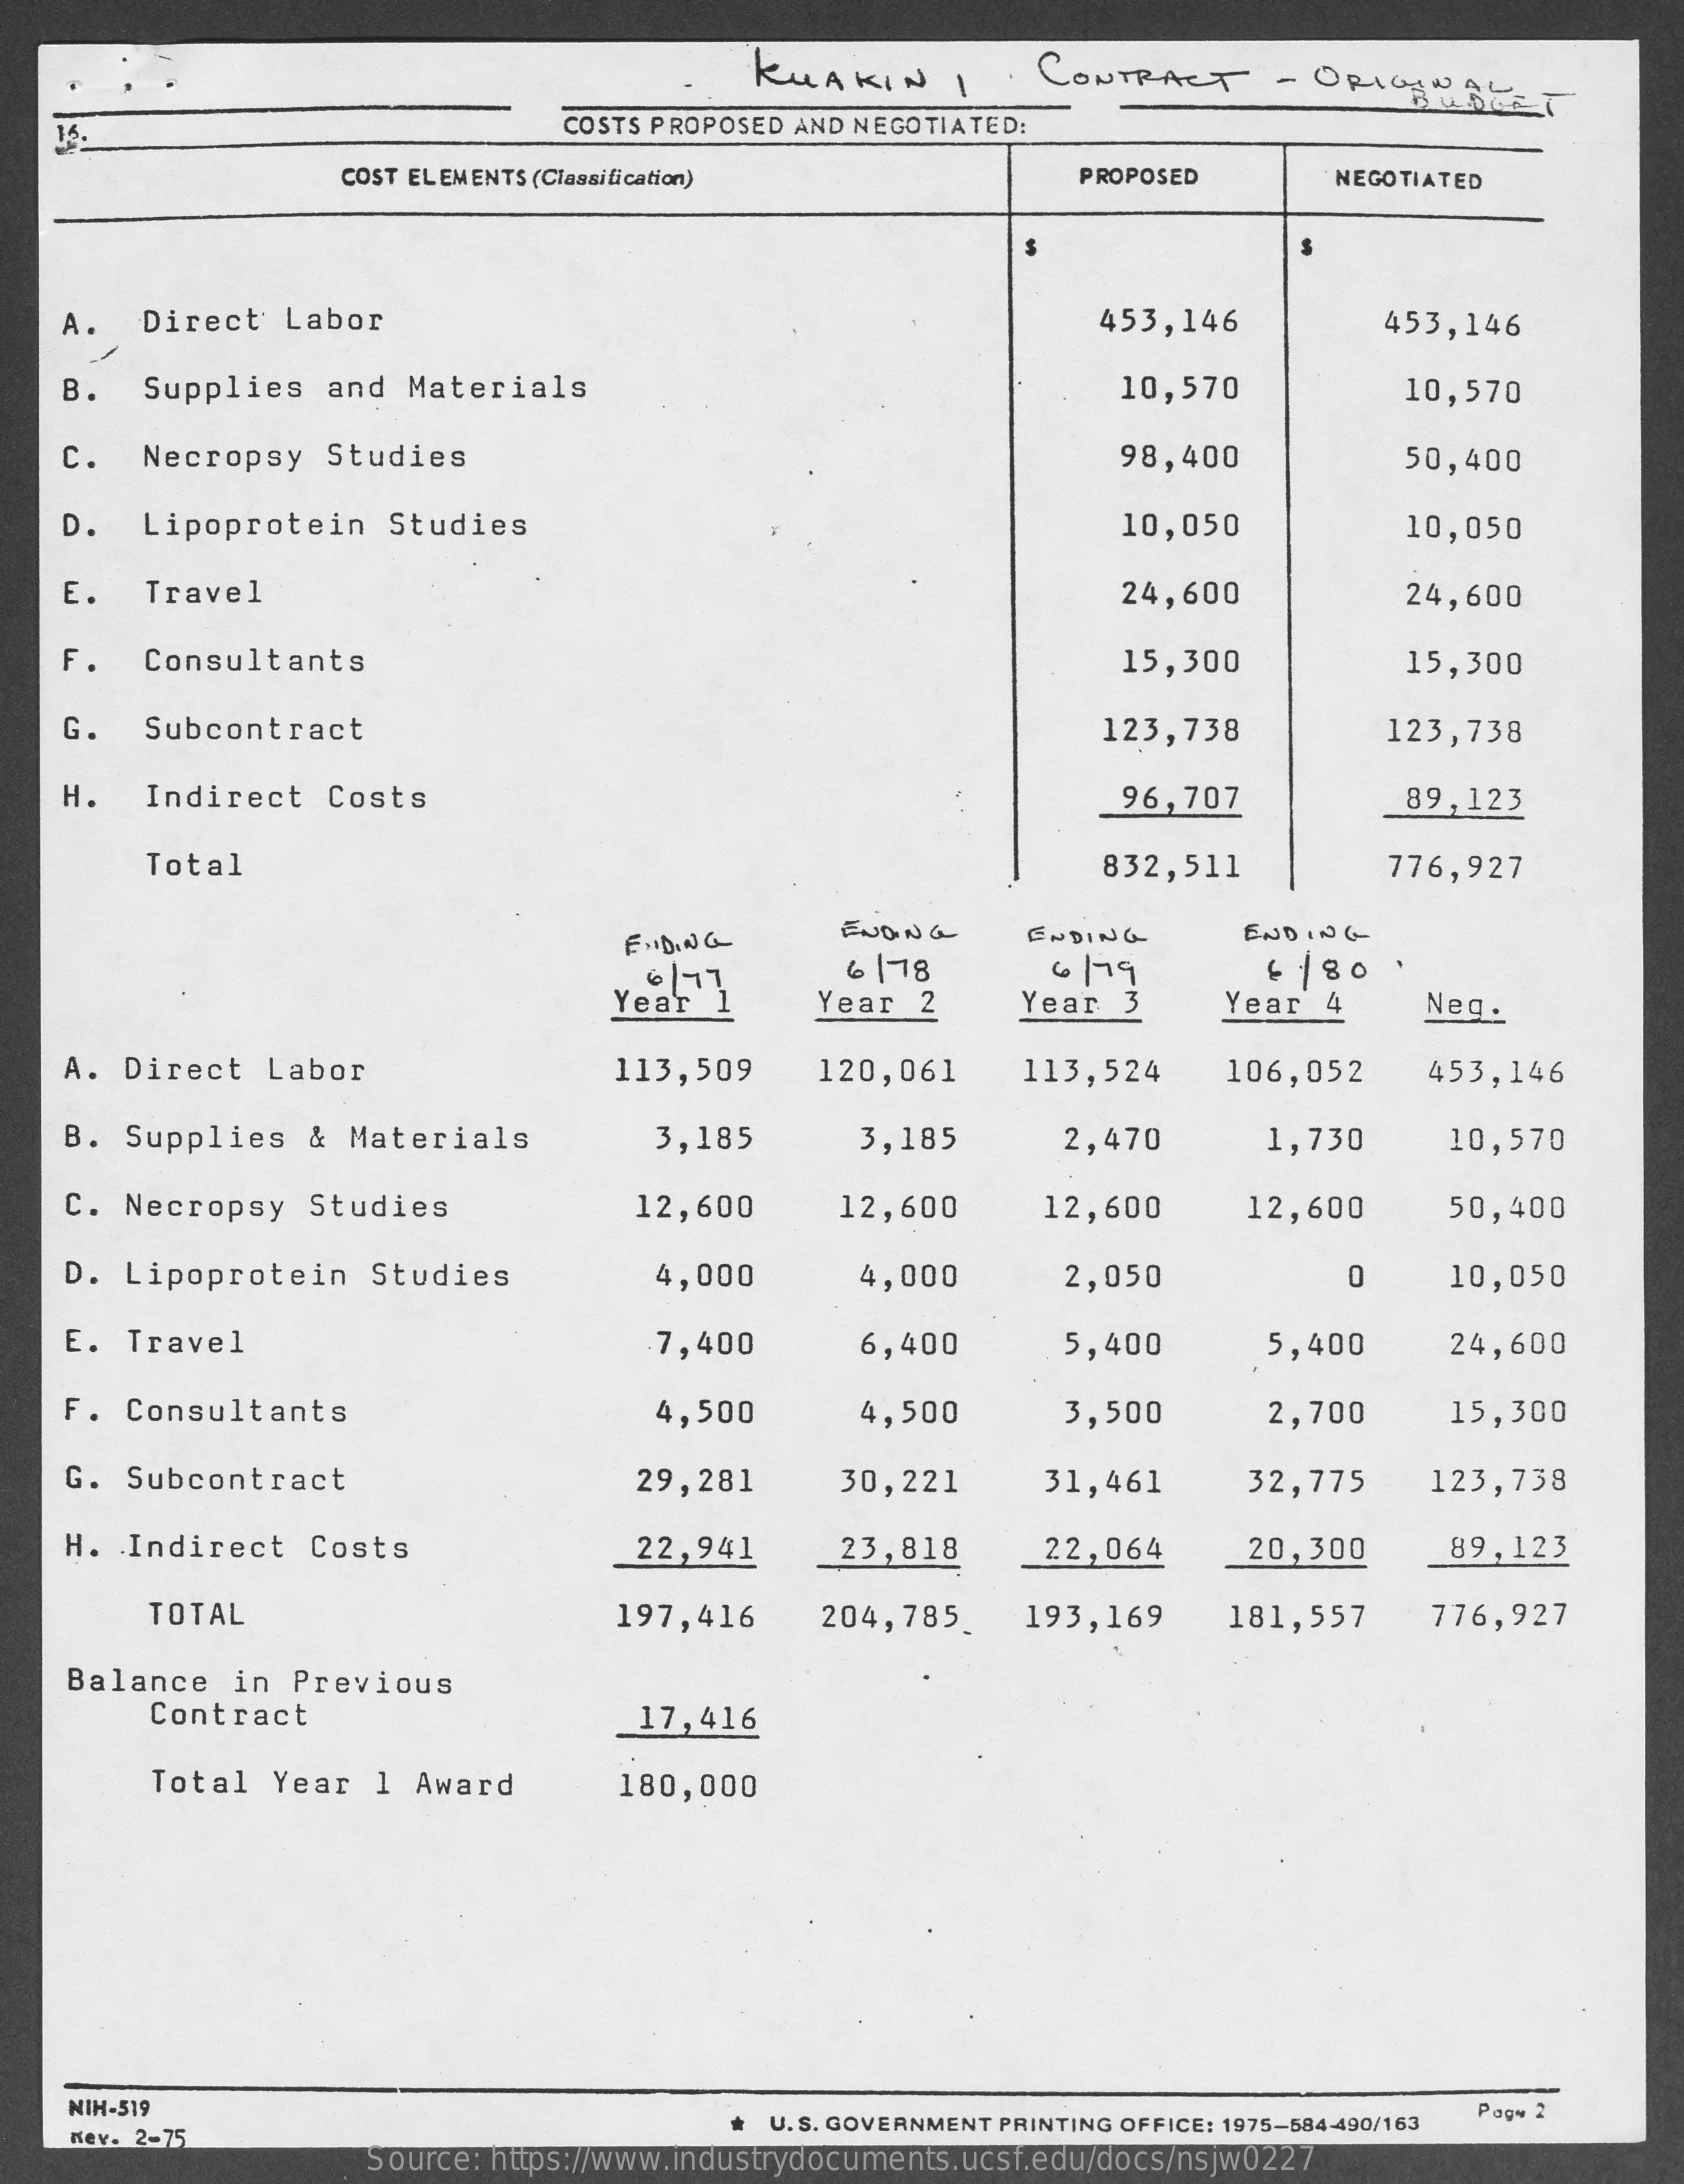
KUAKIN    1    CONTRACT    - ORIGAN CAUSEET
     COSTS PROPOSED AND NEGOTIATED:
     COST ELEMENTS (Classification)    PROPOSED    NEGOTIATED
    A.   Direct   Labor    453,146    453,146
    B.   Supplies   and  Materials    10,570    10,570
    C.   Necropsy   Studies    98,400    50,400
    D.   Lipoprotein    Studies    10,050    10,050
    E.   Travel    24,600    24,600
    F.   Consultants    15,300    15,300
    G.   Subcontract    123,738    123,738
    H.   Indirect   Costs    96,707    89,123
     Total    832,511    776,927
     ENDING    ENDING
     6 / 78    6/ 79    £ 1 80
     Year    Year  2    Year  3    Year  4    Neg.
    A.  Direct   Labor    113,509    120,061    113,524    106,052    453,146
    B.  Supplies   &  Materials    3,185    3,185    2,470    1,730    10,570
    C.  Necropsy   Studies    12,600    12,600    12,600    12,600    50,400
    D.  Lipoprotein    Studies    4,000    4,000    2,050    0    10,050
    E.  Travel    7,400    6,400    5,400    5,400    24,600
    F.  Consultants    4,500    4,500    3,500    2,700    15,300
    G.  Subcontract    29,281    30,221    31,461    32,775    123,738
    H.  Indirect   Costs    22,941    23,818    22,064    20,300    89,123
     TOTAL    197,416    204,785.    193,169    181,557    776,927
    Balance    in Previous
     Contract    17,416
     Total  Year  1  Award    180,000
     NIH-519
     U. S. GOVERNMENT PRINTING OFFICE: 1975-584-490/163 Page 2
     nev. 2-75
     Source: https://www.industrydocuments.ucsf.edu/docs/nsjw0227